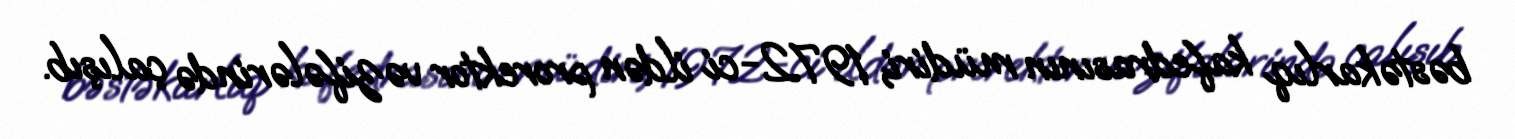
bəstəkarlıq kafedrasının müdiri, 1972-ci ildən prorektor vəzifələrində çalışıb.